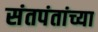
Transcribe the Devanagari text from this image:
संतपंतांच्या